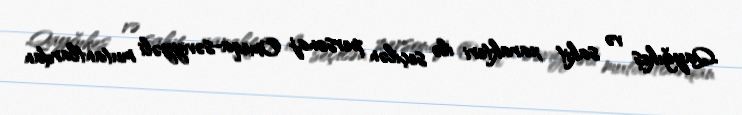
Qayğıkeş və sakit xarakteri ilə seçilən personaj Omeqa-səviyyəli mutantlardan